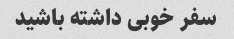
سفر خوبی داشته باشید